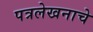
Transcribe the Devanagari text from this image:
पत्रलेखनाचे